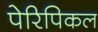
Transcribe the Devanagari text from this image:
पेरिपिकल